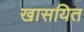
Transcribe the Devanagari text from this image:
खासयित